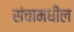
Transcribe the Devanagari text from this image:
संचामधील